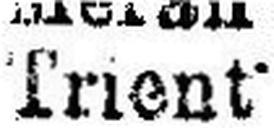
Trient